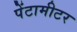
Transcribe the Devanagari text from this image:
पेंटामीटर